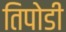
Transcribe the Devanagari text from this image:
तिपोडी